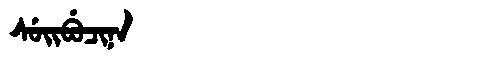
Manchu: ᠰᡠᡳᠪᡠᠴᡳᠨᠠ
Romanization: SUIBUCINA